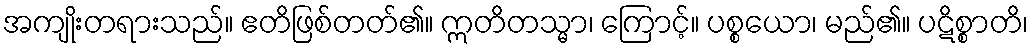
အကျိုးတရားသည်။ ဧတိဖြစ်တတ်၏။ ဣတိတသ္မာ၊ ကြောင့်။ ပစ္စယော၊ မည်၏။ ပဋိစ္စာတိ၊